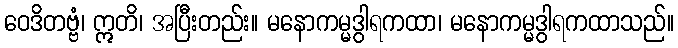
ဝေဒိတဗ္ဗံ၊ ဣတိ၊ အပြီးတည်း။ မနောကမ္မဒွါရကထာ၊ မနောကမ္မဒွါရကထာသည်။